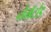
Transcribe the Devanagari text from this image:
नेमॅटोड